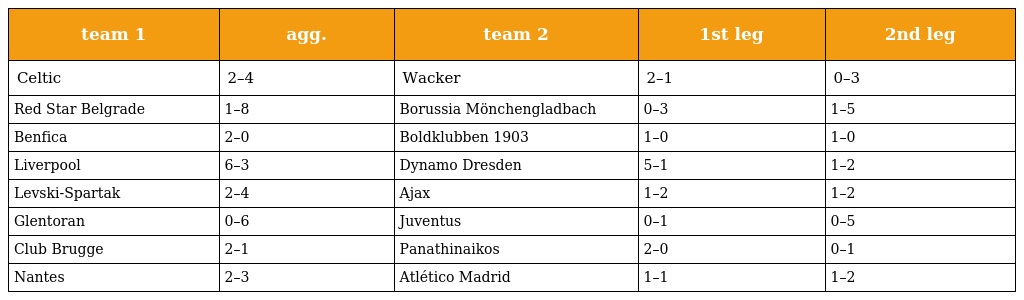
| team 1 | agg. | team 2 | 1st leg | 2nd leg |
 | --- | --- | --- | --- | --- |
 | Celtic | 2–4 | Wacker | 2–1 | 0–3 |
 | Red Star Belgrade | 1–8 | Borussia Mönchengladbach | 0–3 | 1–5 |
 | Benfica | 2–0 | Boldklubben 1903 | 1–0 | 1–0 |
 | Liverpool | 6–3 | Dynamo Dresden | 5–1 | 1–2 |
 | Levski-Spartak | 2–4 | Ajax | 1–2 | 1–2 |
 | Glentoran | 0–6 | Juventus | 0–1 | 0–5 |
 | Club Brugge | 2–1 | Panathinaikos | 2–0 | 0–1 |
 | Nantes | 2–3 | Atlético Madrid | 1–1 | 1–2 |